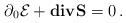
LaTeX: \begin{align*}\partial_0 {\cal E} + {\bf div} {\bf S} = 0 \, .\end{align*}